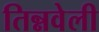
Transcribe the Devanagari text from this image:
तिन्नवेली